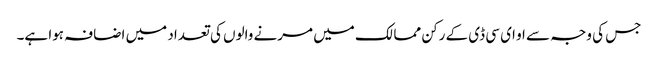
جس کی وجہ سے او ای سی ڈی کے رکن ممالک میں مرنے والوں کی تعداد میں اضافہ ہوا ہے۔